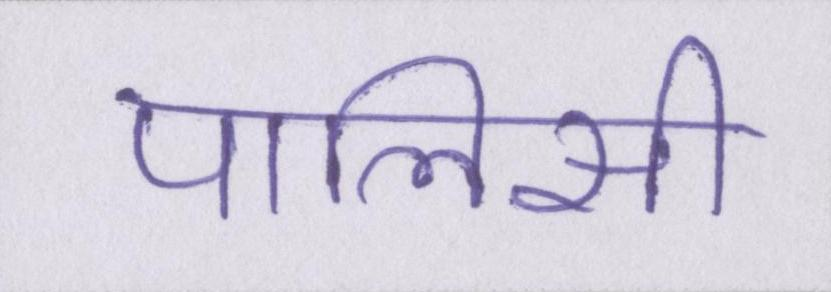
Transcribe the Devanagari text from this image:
पालिसी